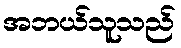
အဘယ်သူသည်